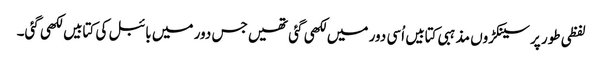
لفظی طور پر سینکڑوں مذہبی کتابیں اُسی دور میں لکھی گئی تھیں جس دور میں بائبل کی کتابیں لکھی گئی۔